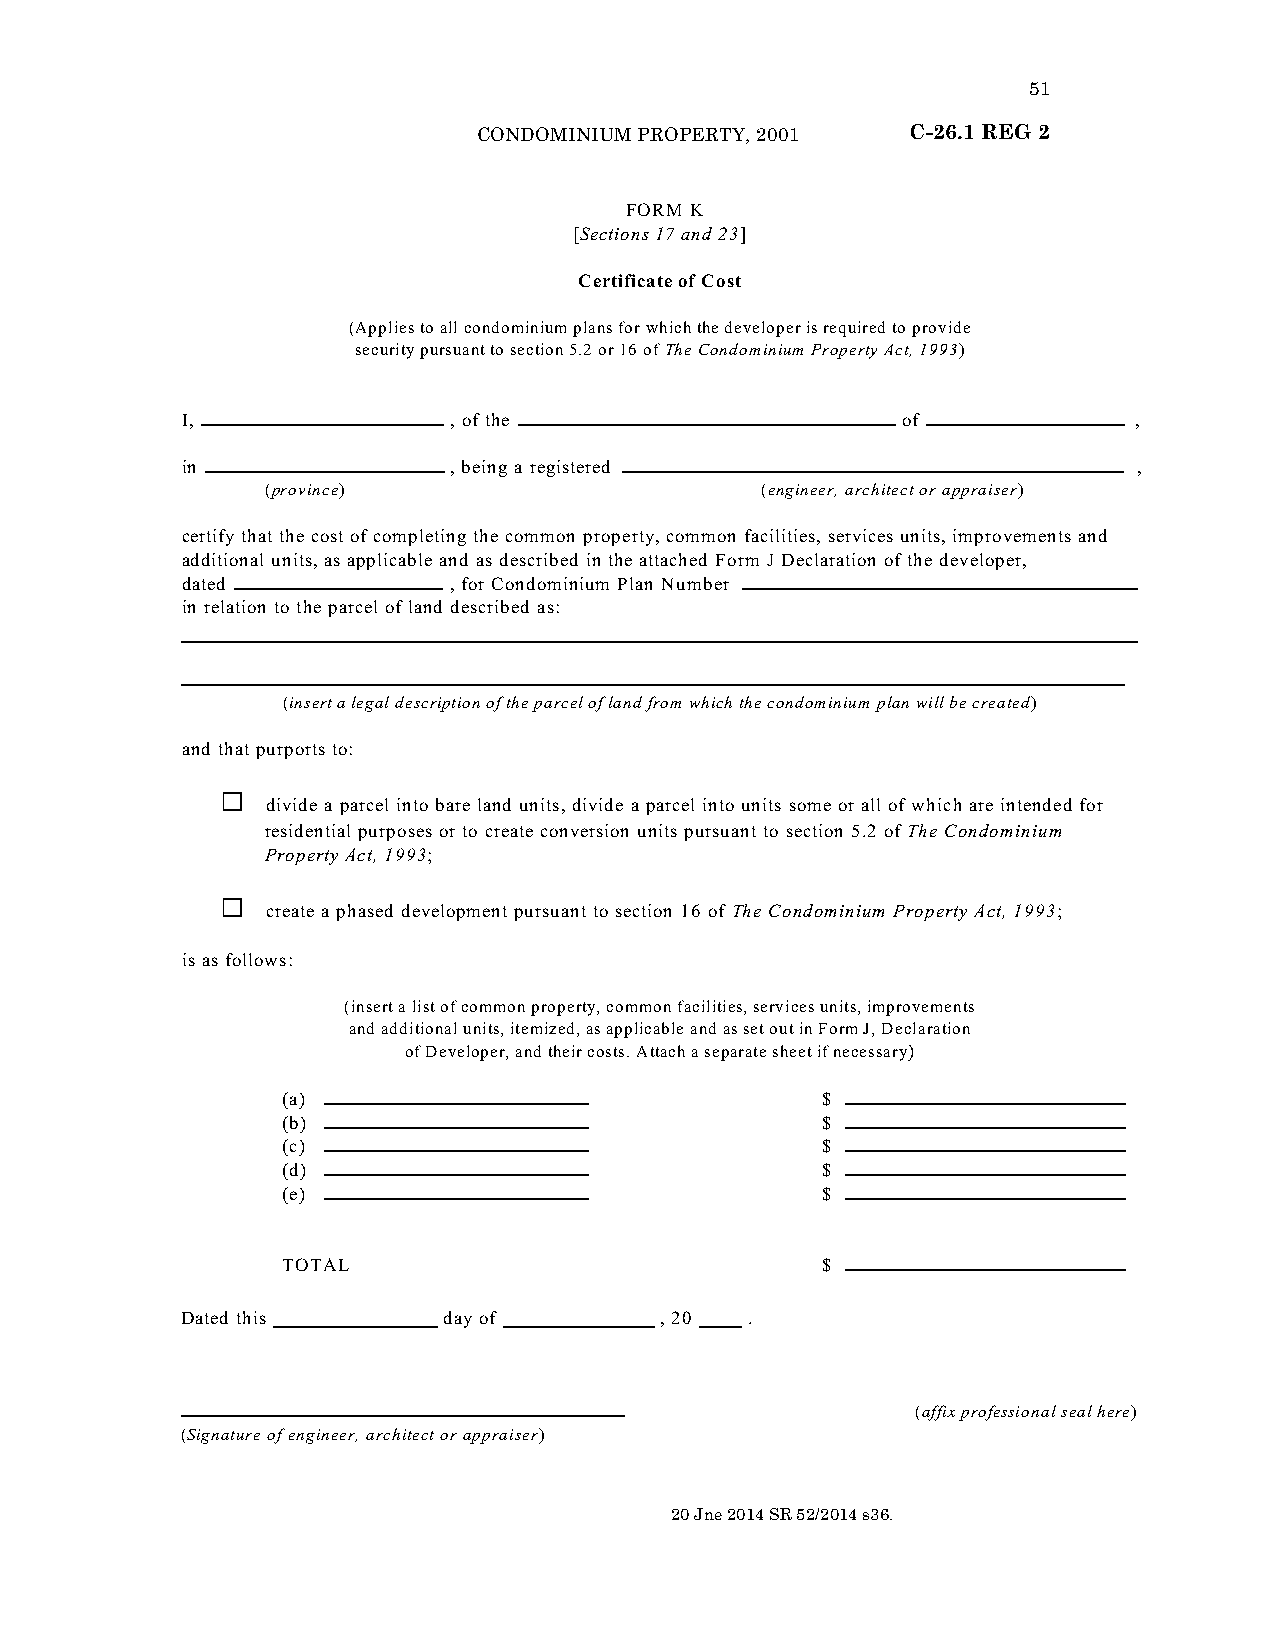
51
 CONDOMINIUM PROPERTY, 2001  C-26.1 REG 2
 “FORM K
 [Sections 17 and 23]
 Certificate of Cost
 (Applies to all condominium plans for which the developer is required to provide
 security pursuant to section 5.2 or 16 of The Condominium Property Act, 1993)
 I,                , of the                      of             ,
 in                , being a registered                         ,
 (province)                      (engineer, architect or appraiser)
 certify that the cost of completing the common property, common facilities, services units, improvements and
 additional units, as applicable and as described in the attached Form J Declaration of the developer,
 dated             , for Condominium Plan Number
 in relation to the parcel of land described as:
 (insert a legal description of the parcel of land from which the condominium plan will be created)
 and that purports to:
 G
 divide a parcel into bare land units, divide a parcel into units some or all of which are intended for
 residential purposes or to create conversion units pursuant to section 5.2 of The Condominium
 Property Act, 1993;
 G
 create a phased development pursuant to section 16 of The Condominium Property Act, 1993;
 is as follows:
 (insert a list of common property, common facilities, services units, improvements
 and additional units, itemized, as applicable and as set out in Form J, Declaration
 of Developer, and their costs. Attach a separate sheet if necessary)
 (a)                                $
 (b)                                $
 (c)                                $
 (d)                                $
 (e)                                $
 TOTAL                              $
 Dated this       day of         , 20  .
 (affix professional seal here)
 (Signature of engineer, architect or appraiser)”.
 20 Jne 2014 SR 52/2014 s36.